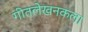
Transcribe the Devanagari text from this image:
गीतलेखनकला